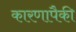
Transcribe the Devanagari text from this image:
कारणापैकी